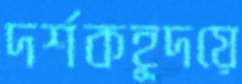
দর্শকহূদয়ে